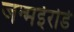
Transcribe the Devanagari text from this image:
जन्मईरोडे